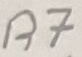
Text: R7